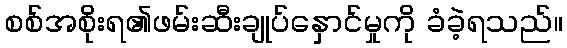
စစ်အစိုးရ၏ဖမ်းဆီးချုပ်နှောင်မှုကို ခံခဲ့ရသည်။